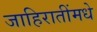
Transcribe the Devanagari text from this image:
जाहिरातींमधे